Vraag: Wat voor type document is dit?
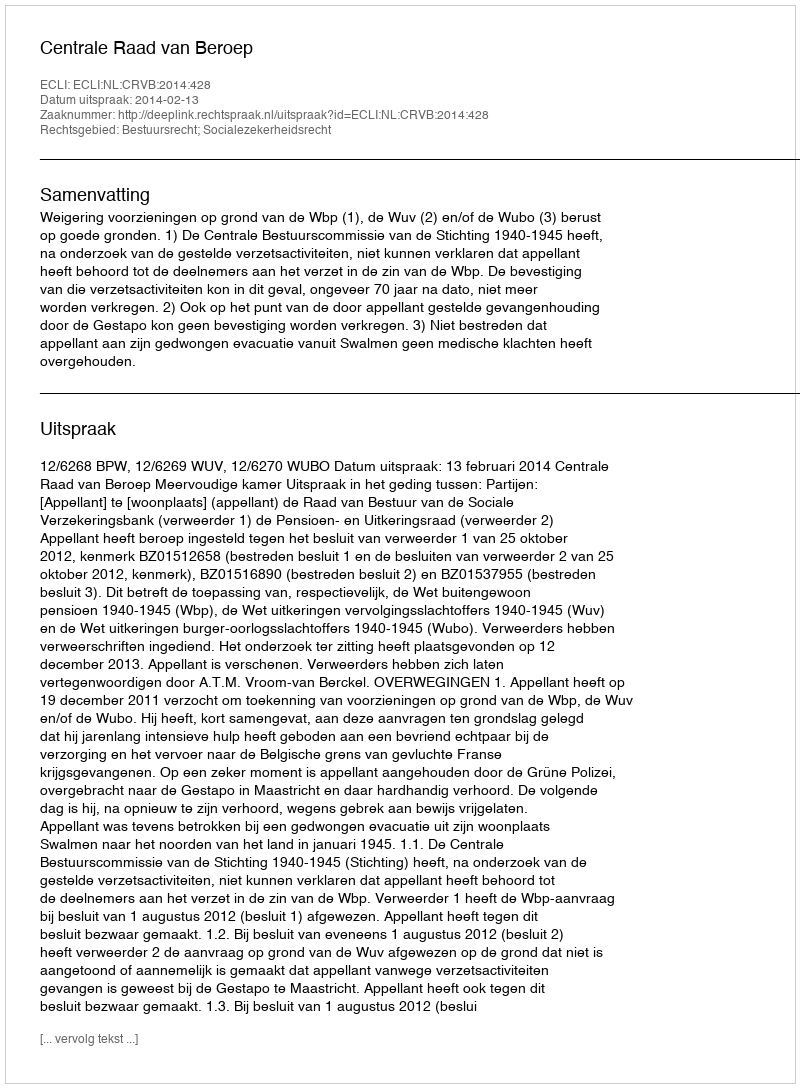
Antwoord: Uitspraak